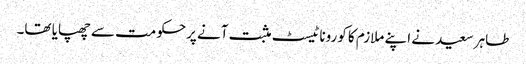
طاہر سعید نے اپنے ملازم کا کورونا ٹیسٹ مثبت آنے پرحکومت سے چھپایا تھا۔